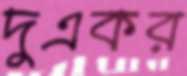
দুএকর